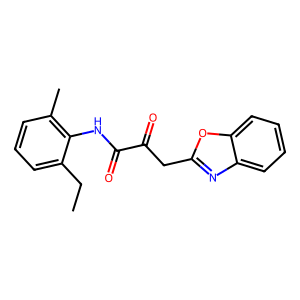
SMILES: CCc1cccc(C)c1NC(=O)C(=O)Cc1nc2ccccc2o1
Inhibits HIV replication: No